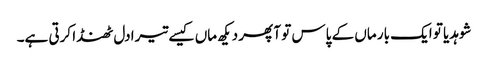
شوہدیا تو ایک بار ماں کے پاس تو آ پھر دیکھ ماں کیسے تیرا دل ٹھنڈا کرتی ہے۔